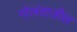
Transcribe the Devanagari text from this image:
गोलंदाजीस